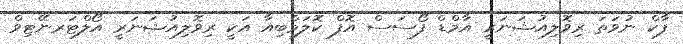
ފާކް ނުވަތަ ރިވޮލިއުޝަނަރީ އާމްޑް ފޯސަސް އޮފް ކޮލަމްބިއާ އަކީ ރިވޮލިއުޝަނަރީ އޯލްޓަރނޭޓިވް